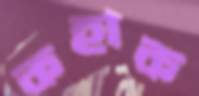
কহাক